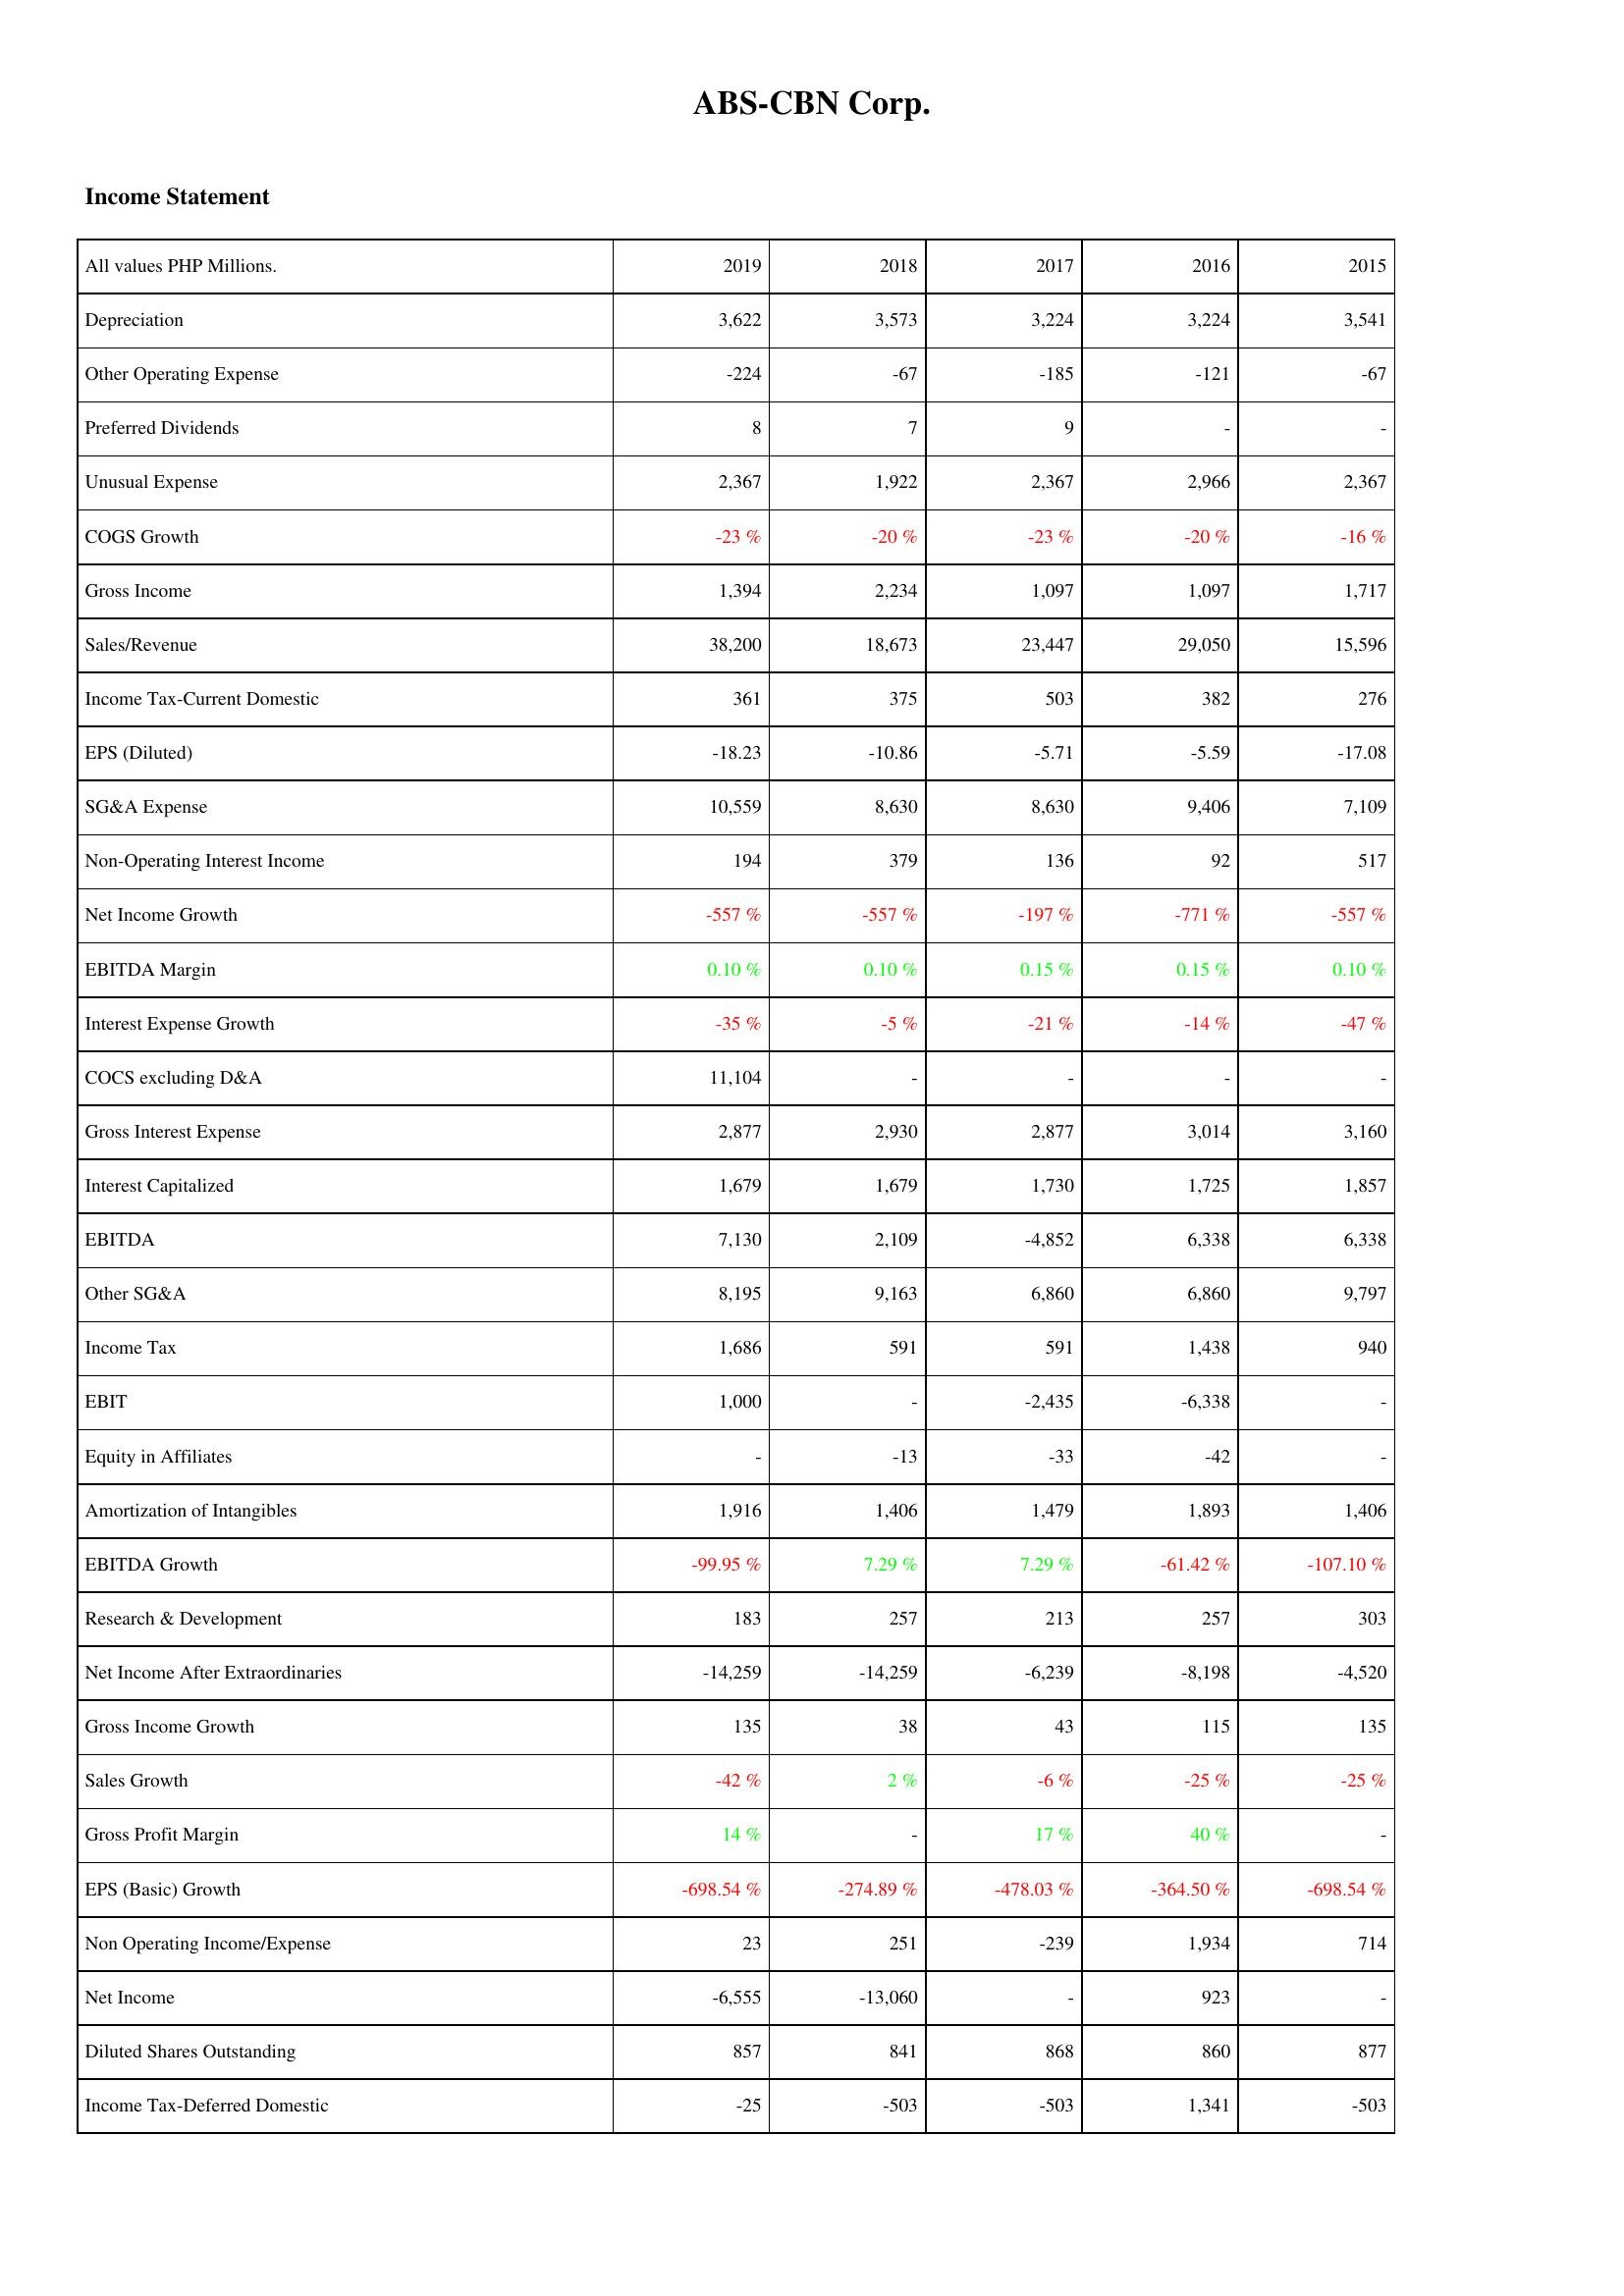
2019: Income Statement: Depreciation: 3,622
Other Operating Expense: -224
Preferred Dividends: 8
Unusual Expense: 2,367
COGS Growth: -23 %
Gross Income: 1,394
Sales/Revenue: 38,200
Income Tax-Current Domestic: 361
EPS (Diluted): -18.23
SG&A Expense: 10,559
Non-Operating Interest Income: 194
Net Income Growth: -557 %
EBITDA Margin: 0.10 %
Interest Expense Growth: -35 %
COCS excluding D&A: 11,104
Gross Interest Expense: 2,877
Interest Capitalized: 1,679
EBITDA: 7,130
Other SG&A: 8,195
Income Tax: 1,686
EBIT: 1,000
Equity in Affiliates: -
Amortization of Intangibles: 1,916
EBITDA Growth: -99.95 %
Research & Development: 183
Net Income After Extraordinaries: -14,259
Gross Income Growth: 135
Sales Growth: -42 %
Gross Profit Margin: 14 %
EPS (Basic) Growth: -698.54 %
Non Operating Income/Expense: 23
Net Income: -6,555
Diluted Shares Outstanding: 857
Income Tax-Deferred Domestic: -25
2018: Income Statement: Depreciation: 3,573
Other Operating Expense: -67
Preferred Dividends: 7
Unusual Expense: 1,922
COGS Growth: -20 %
Gross Income: 2,234
Sales/Revenue: 18,673
Income Tax-Current Domestic: 375
EPS (Diluted): -10.86
SG&A Expense: 8,630
Non-Operating Interest Income: 379
Net Income Growth: -557 %
EBITDA Margin: 0.10 %
Interest Expense Growth: -5 %
COCS excluding D&A: -
Gross Interest Expense: 2,930
Interest Capitalized: 1,679
EBITDA: 2,109
Other SG&A: 9,163
Income Tax: 591
EBIT: -
Equity in Affiliates: -13
Amortization of Intangibles: 1,406
EBITDA Growth: 7.29 %
Research & Development: 257
Net Income After Extraordinaries: -14,259
Gross Income Growth: 38
Sales Growth: 2 %
Gross Profit Margin: -
EPS (Basic) Growth: -274.89 %
Non Operating Income/Expense: 251
Net Income: -13,060
Diluted Shares Outstanding: 841
Income Tax-Deferred Domestic: -503
2017: Income Statement: Depreciation: 3,224
Other Operating Expense: -185
Preferred Dividends: 9
Unusual Expense: 2,367
COGS Growth: -23 %
Gross Income: 1,097
Sales/Revenue: 23,447
Income Tax-Current Domestic: 503
EPS (Diluted): -5.71
SG&A Expense: 8,630
Non-Operating Interest Income: 136
Net Income Growth: -197 %
EBITDA Margin: 0.15 %
Interest Expense Growth: -21 %
COCS excluding D&A: -
Gross Interest Expense: 2,877
Interest Capitalized: 1,730
EBITDA: -4,852
Other SG&A: 6,860
Income Tax: 591
EBIT: -2,435
Equity in Affiliates: -33
Amortization of Intangibles: 1,479
EBITDA Growth: 7.29 %
Research & Development: 213
Net Income After Extraordinaries: -6,239
Gross Income Growth: 43
Sales Growth: -6 %
Gross Profit Margin: 17 %
EPS (Basic) Growth: -478.03 %
Non Operating Income/Expense: -239
Net Income: -
Diluted Shares Outstanding: 868
Income Tax-Deferred Domestic: -503
2016: Income Statement: Depreciation: 3,224
Other Operating Expense: -121
Preferred Dividends: -
Unusual Expense: 2,966
COGS Growth: -20 %
Gross Income: 1,097
Sales/Revenue: 29,050
Income Tax-Current Domestic: 382
EPS (Diluted): -5.59
SG&A Expense: 9,406
Non-Operating Interest Income: 92
Net Income Growth: -771 %
EBITDA Margin: 0.15 %
Interest Expense Growth: -14 %
COCS excluding D&A: -
Gross Interest Expense: 3,014
Interest Capitalized: 1,725
EBITDA: 6,338
Other SG&A: 6,860
Income Tax: 1,438
EBIT: -6,338
Equity in Affiliates: -42
Amortization of Intangibles: 1,893
EBITDA Growth: -61.42 %
Research & Development: 257
Net Income After Extraordinaries: -8,198
Gross Income Growth: 115
Sales Growth: -25 %
Gross Profit Margin: 40 %
EPS (Basic) Growth: -364.50 %
Non Operating Income/Expense: 1,934
Net Income: 923
Diluted Shares Outstanding: 860
Income Tax-Deferred Domestic: 1,341
2015: Income Statement: Depreciation: 3,541
Other Operating Expense: -67
Preferred Dividends: -
Unusual Expense: 2,367
COGS Growth: -16 %
Gross Income: 1,717
Sales/Revenue: 15,596
Income Tax-Current Domestic: 276
EPS (Diluted): -17.08
SG&A Expense: 7,109
Non-Operating Interest Income: 517
Net Income Growth: -557 %
EBITDA Margin: 0.10 %
Interest Expense Growth: -47 %
COCS excluding D&A: -
Gross Interest Expense: 3,160
Interest Capitalized: 1,857
EBITDA: 6,338
Other SG&A: 9,797
Income Tax: 940
EBIT: -
Equity in Affiliates: -
Amortization of Intangibles: 1,406
EBITDA Growth: -107.10 %
Research & Development: 303
Net Income After Extraordinaries: -4,520
Gross Income Growth: 135
Sales Growth: -25 %
Gross Profit Margin: -
EPS (Basic) Growth: -698.54 %
Non Operating Income/Expense: 714
Net Income: -
Diluted Shares Outstanding: 877
Income Tax-Deferred Domestic: -503